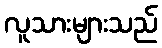
လူသားများသည်